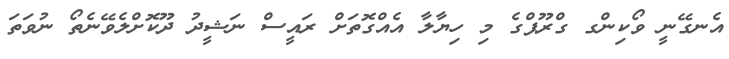
އެނގޭނީ ވޯކިންގ ގްރޫޕްގެ މި ހިޔާލާ އެއްގޮތަށް ރައީސް ނަޝީދު ދޫކޮށްލެވޭނެތޯ ނުވަތަ